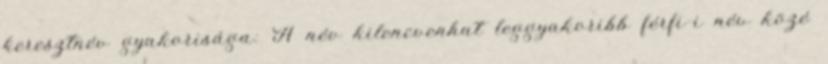
keresztnév gyakorisága: A név kilencvenhat leggyakoribb férfi-i név közé